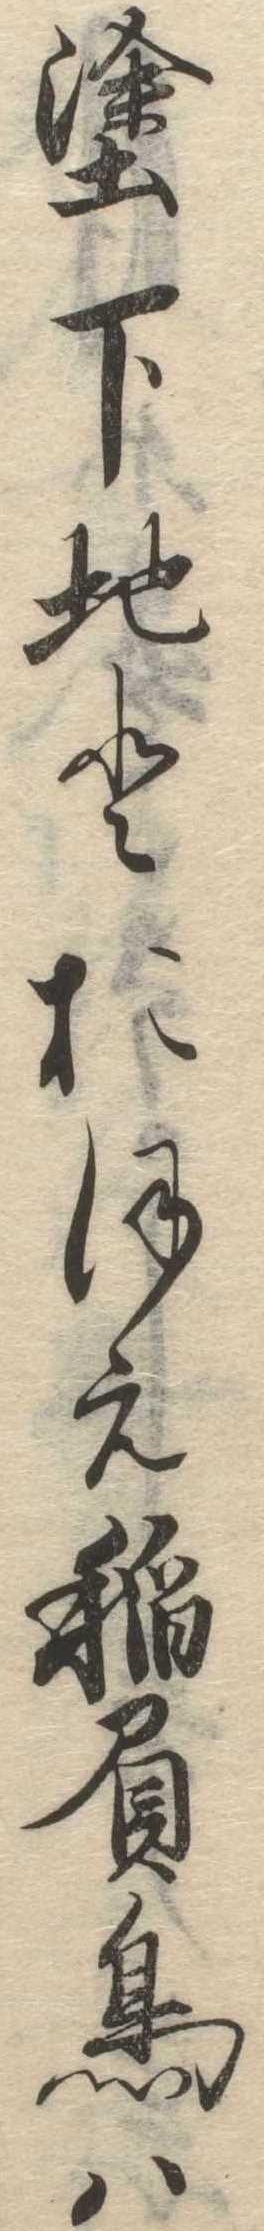
塗下地とおほえ稲負鳥は